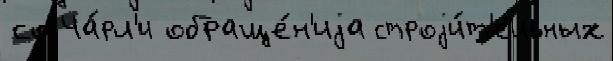
со Ча́рл'и обраще́н'иjа строjи́т'ельных